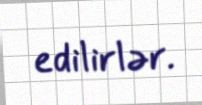
edilirlər.